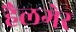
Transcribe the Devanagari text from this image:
हैलगेर